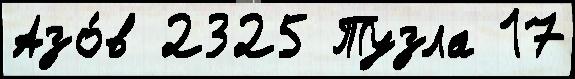
Азо́в 2325 Тузла 17